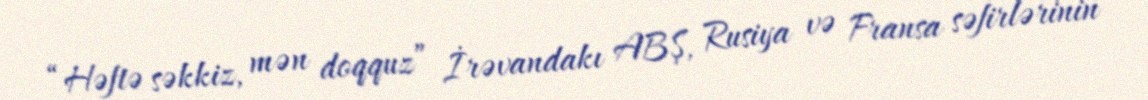
“Həftə səkkiz, mən doqquz” İrəvandakı ABŞ, Rusiya və Fransa səfirlərinin